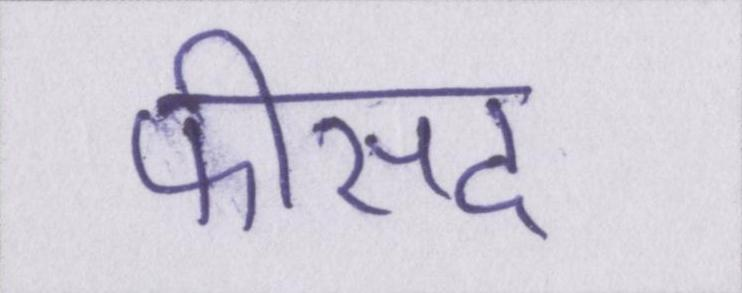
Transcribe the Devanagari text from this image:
फीसद